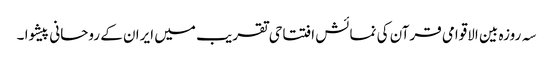
سہ روزہ بین الاقوامی قرآن کی نمائش افتتاحی تقریب میں ایران کے روحانی پیشوا ۔